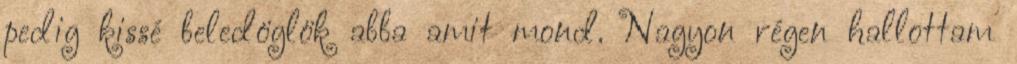
pedig kissé beledöglök abba amit mond. Nagyon régen hallottam